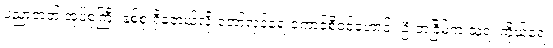
ပညာတတ် အုပ်စုကြီး နှစ်စု ရှိခဲ့တယ်လို့ တော်လှန်ရေးကောင်စီဝင်ဟောင်း ဦးဘငြိမ်က သူ့ရဲ့ ကိုယ်ရေး